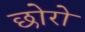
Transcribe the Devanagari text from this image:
छोरो